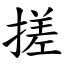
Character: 搓